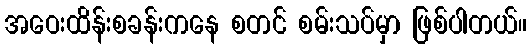
အဝေးထိန်းစခန်းကနေ စတင် စမ်းသပ်မှာ ဖြစ်ပါတယ်။